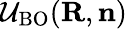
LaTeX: {\cal U}_{\mathrm{BO}}({\mathbf R},{\mathbf n})